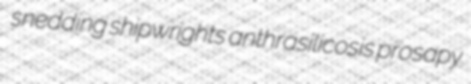
snedding shipwrights anthrasilicosis prosapy